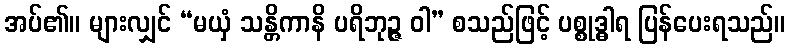
အပ်၏။ များလျှင် “မယှံ သန္တိကာနိ ပရိဘုဉ္ဇ ဝါ” စသည်ဖြင့် ပစ္စုဒ္ဓါရ ပြန်ပေးရသည်။